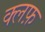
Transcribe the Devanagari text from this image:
क्लफ़